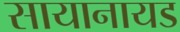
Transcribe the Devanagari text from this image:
सायानायड